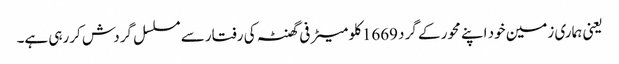
یعنی ہماری زمین خود اپنے محور کے گرد 1669کلو میٹر فی گھنٹہ کی رفتار سے مسلسل گردش کررہی ہے۔